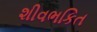
શીવભકિત